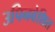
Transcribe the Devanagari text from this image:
उपिनवेशित